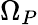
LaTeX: \Omega_{P}